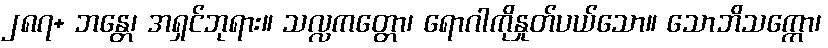
၂၈၇+ ဘန္တေ၊ အရှင်ဘုရား။ သလ္လကတ္တော၊ ရောဂါကိုနှုတ်ပယ်သော။ သောဘိသက္ကော၊